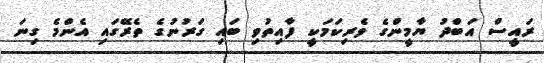
ރައީސް އަބްދު ޔާމީންގެ ވެރިކަމަކީ ފާއިތުވި ބައި ގަރުނުގެ ތެރޭގައި އެންމެ ގިނަ